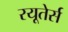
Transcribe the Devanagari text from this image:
रयूतेर्स